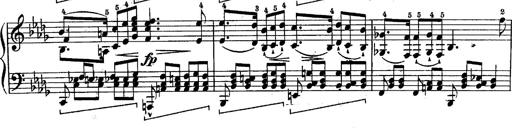
Title: Schubert's Impromptus [revised and edited by Franz Liszt]
Composer: Franz Liszt